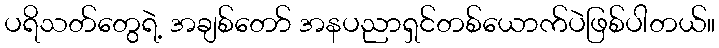
ပရိသတ်တွေရဲ့ အချစ်တော် အနပညာရှင်တစ်ယောက်ပဲဖြစ်ပါတယ်။